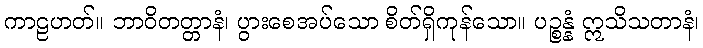
ကာဠဟတ်။ ဘာဝိတတ္တာနံ၊ ပွားစေအပ်သော စိတ်ရှိကုန်သော။ ပဉ္စန္နံ ဣသိသတာနံ၊